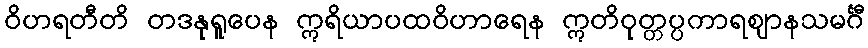
ဝိဟရတီတိ တဒနုရူပေန ဣရိယာပထဝိဟာရေန ဣတိဝုတ္တပ္ပကာရဈာနသမင်္ဂီ